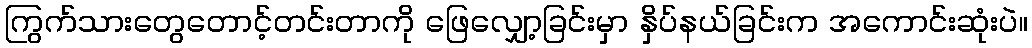
ကြွက်သားတွေတောင့်တင်းတာကို ဖြေလျှော့ခြင်းမှာ နှိပ်နယ်ခြင်းက အကောင်းဆုံးပဲ။